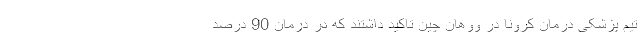
تیم پزشکی درمان کرونا در ووهان چین تاکید داشتند که در درمان 90 درصد